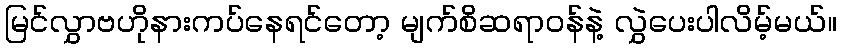
မြင်လွှာဗဟိုနားကပ်နေရင်တော့ မျက်စိဆရာဝန်နဲ့ လွှဲပေးပါလိမ့်မယ်။